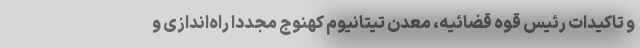
و تاکیدات رئیس قوه قضائیه، معدن تیتانیوم کهنوج مجدداً راه‌اندازی و